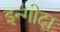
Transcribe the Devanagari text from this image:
इन्गोदा